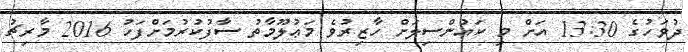
ދުވަހުގެ 13:30 އަށް މި ކައުންސިލަށް ހާޒިރުވެ މަޢުލޫމާތު ސާފުކުރުމަށްފަހު 2016 މާރިޗު